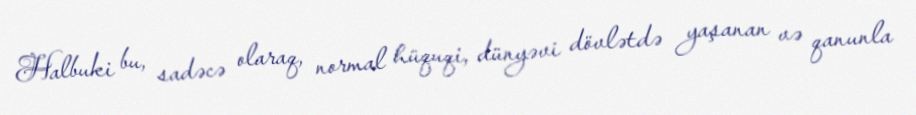
Halbuki bu, sadəcə olaraq, normal hüquqi, dünyəvi dövlətdə yaşanan və qanunla